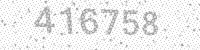
Solution: 416758